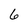
Character: 6